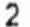
2